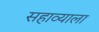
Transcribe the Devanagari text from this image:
सहाव्याला